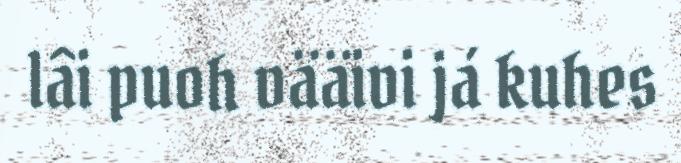
lâi puoh vääivi já kuhes